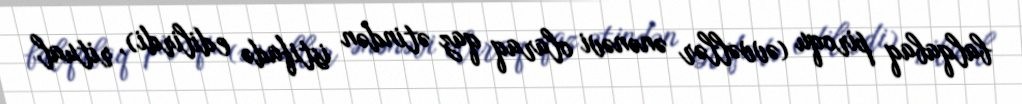
balqabaq piroqu (əvvəllər ənənəvi olaraq qaz ətindən istifadə edilirdi), ritual